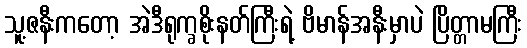
သူ့ဇနီးကတော့ အဲဒီရုက္ခစိုးနတ်ကြီးရဲ့ ဗိမာန်အနီးမှာပဲ ပြိတ္တာမကြီး